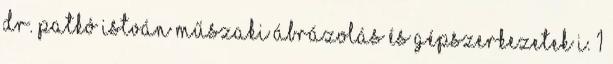
DR. PATKÓ ISTVÁN MŰSZAKI ÁBRÁZOLÁS ÉS GÉPSZERKEZETEK I. 1